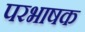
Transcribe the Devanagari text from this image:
परभाषक